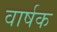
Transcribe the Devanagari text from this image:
वार्षक